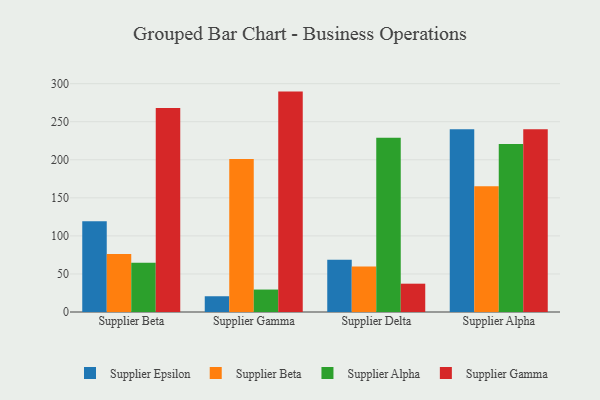
{"axis": {"x": "Supplier", "y": "Market Share (%)"}, "legend": ["Supplier Alpha", "Supplier Beta", "Supplier Epsilon", "Supplier Gamma"], "data": [{"x": "Supplier Beta", "y": 119.3, "type": "Supplier Epsilon"}, {"x": "Supplier Beta", "y": 76.3, "type": "Supplier Beta"}, {"x": "Supplier Beta", "y": 64.6, "type": "Supplier Alpha"}, {"x": "Supplier Beta", "y": 268.0, "type": "Supplier Gamma"}, {"x": "Supplier Gamma", "y": 20.7, "type": "Supplier Epsilon"}, {"x": "Supplier Gamma", "y": 201.1, "type": "Supplier Beta"}, {"x": "Supplier Gamma", "y": 29.5, "type": "Supplier Alpha"}, {"x": "Supplier Gamma", "y": 289.6, "type": "Supplier Gamma"}, {"x": "Supplier Delta", "y": 68.5, "type": "Supplier Epsilon"}, {"x": "Supplier Delta", "y": 59.7, "type": "Supplier Beta"}, {"x": "Supplier Delta", "y": 228.9, "type": "Supplier Alpha"}, {"x": "Supplier Delta", "y": 37.2, "type": "Supplier Gamma"}, {"x": "Supplier Alpha", "y": 240.1, "type": "Supplier Epsilon"}, {"x": "Supplier Alpha", "y": 165.2, "type": "Supplier Beta"}, {"x": "Supplier Alpha", "y": 220.6, "type": "Supplier Alpha"}, {"x": "Supplier Alpha", "y": 240.0, "type": "Supplier Gamma"}]}